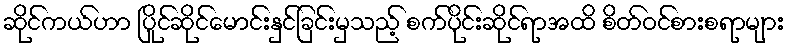
ဆိုင်ကယ်ဟာ ပြိုင်ဆိုင်မောင်းနှင်ခြင်းမှသည့် စက်ပိုင်းဆိုင်ရာအထိ စိတ်ဝင်စားစရာများ